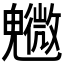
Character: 𩴰